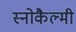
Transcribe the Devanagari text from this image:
स्नोकैल्मी